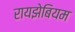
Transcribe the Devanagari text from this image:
रायझेबियम